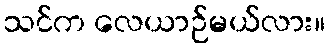
သင်က လေယာဉ်မယ်လား။